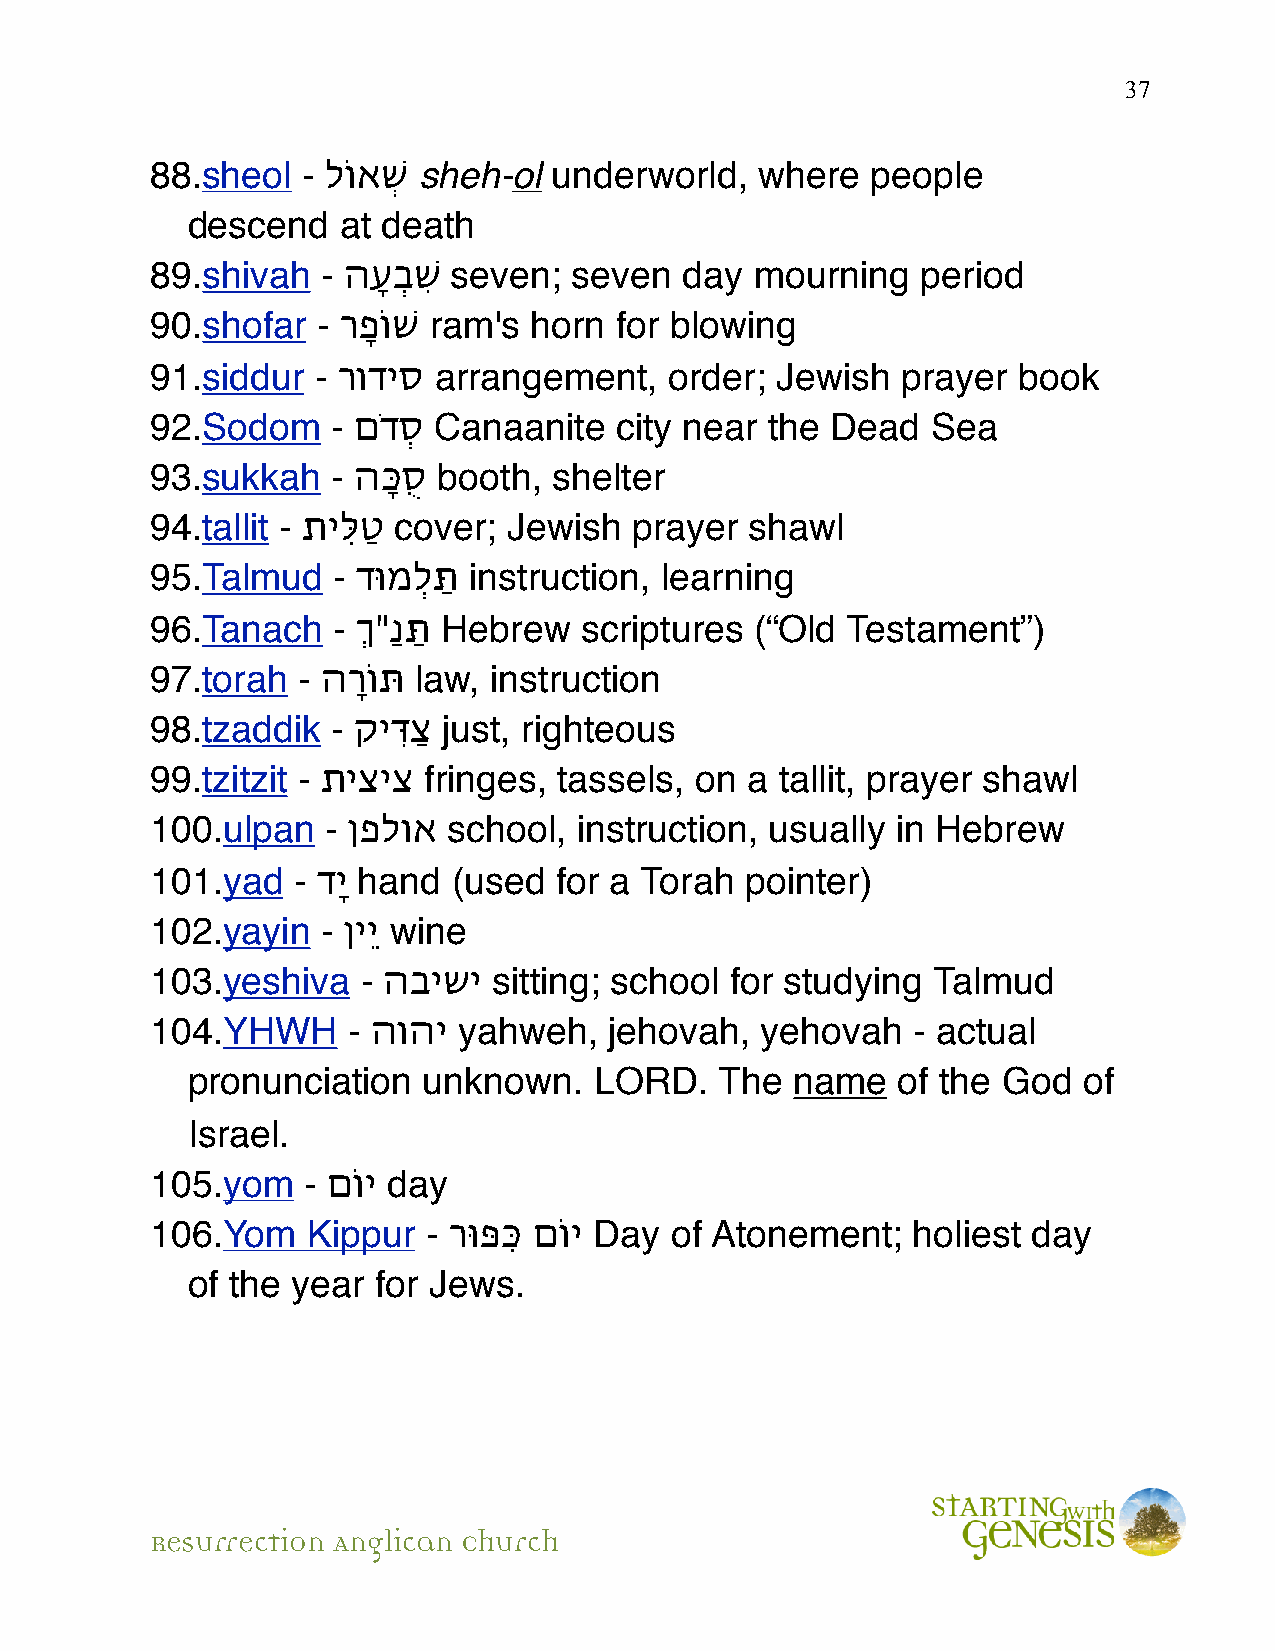
37
 88.sheol  - לוֹאְׁש sheh-ol underworld, where   people
 descend   at death
 89.shivah  - הָעְבִׁש seven; seven day  mourning   period
 90.shofar  - רָפוֹשׁ ram's horn for blowing
 91.siddur  - רודיס arrangement,   order; Jewish   prayer book
 92.Sodom    - םדְֹס Canaanite  city near the Dead   Sea
 93.sukkah   - הָּכֻס booth, shelter
 94.tallit - תיִּלַט cover; Jewish prayer shawl
 95.Talmud   - דוּמְלַּת instruction, learning
 96.Tanach   - ְ"ַנַּת Hebrew scriptures (“Old Testament”)
 97.torah  - הרָוֹתּ law, instruction
 98.tzaddik  - קיּדִַצ just, righteous
 99.tzitzit - תיציצ fringes, tassels, on a tallit, prayer shawl
 100.ulpan   - ןפלוא school, instruction, usually in Hebrew
 101.yad  - דָי hand (used  for a Torah pointer)
 102.yayin  - ןיֵי wine
 103.yeshiva   - הבישי  sitting; school for studying Talmud
 104.YHWH     - הוהי yahweh,   jehovah,  yehovah   - actual
 pronunciation   unknown.   LORD.    The  name  of the God   of
 Israel.
 105.yom   - םוֹי day
 106.Yom   Kippur  - רוּפִּּכ םוֹי Day of Atonement; holiest day
 of the year  for Jews.
 Resurrection Anglican Church